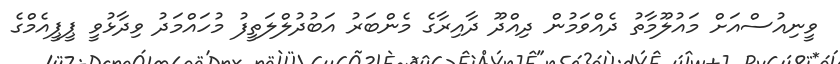
ވީނިއުސްއަށް މައުލޫމާތު ދެއްވަމުން ދިއްދޫ ދާއިރާގެ މެންބަރު އަބުުދުލްލަތީފު މުހައްމަދު ވިދާޅުވީ ޕީޕީއެމްގެ